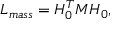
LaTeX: { \cal L } _ { m a s s } = { \cal H } _ { 0 } ^ { T } M { \cal H } _ { 0 } ,